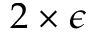
2 \times \epsilon